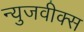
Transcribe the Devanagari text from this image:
न्युजवीक्स